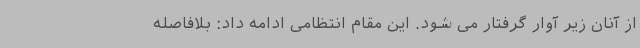
از آنان زیر آوار گرفتار می شود. این مقام انتظامی ادامه داد: بلافاصله